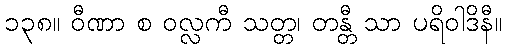
၁၃၈။ ဝီဏာ စ ဝလ္လကီ သတ္တ၊ တန္တီ သာ ပရိဝါဒိနီ။